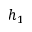
h _ { 1 }